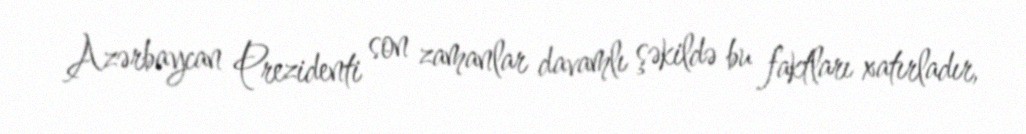
Azərbaycan Prezidenti son zamanlar davamlı şəkildə bu faktları xatırladır,